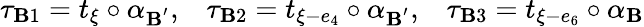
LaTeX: \tau_{\mathbf{B}1}=t_{\xi}\circ\alpha_{\mathbf{B}^{'}},\; \; \; \tau_{\mathbf{B}2}=t_{\xi-e_{4}}\circ\alpha_{\mathbf{B}^{'}},\; \; \; \tau_{\mathbf{B}3}=t_{\xi-e_{6}}\circ\alpha_{\mathbf{B}}